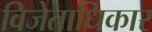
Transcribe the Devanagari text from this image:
विजेताधिकार